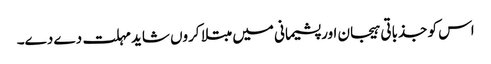
اس کو جذباتی ہیجان اور پشیمانی میں مبتلا کروں شاید مہلت دے دے۔